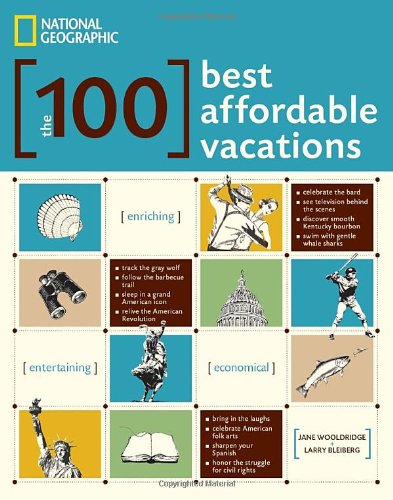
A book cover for The 100 Best Affordable Vacations; Jane Wooldridge; Travel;